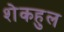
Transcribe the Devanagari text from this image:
शेकहुल